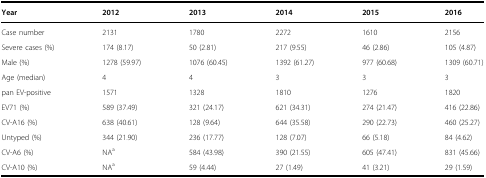
| Year | 2012 | 2013 | 2014 | 2015 | 2016 |
 | --- | --- | --- | --- | --- | --- |
 | Case number | 2131 | 1780 | 2272 | 1610 | 2156 |
 | Severe cases (%) | 174 (8.17) | 50 (2.81) | 217 (9.55) | 46 (2.86) | 105 (4.87) |
 | Male (%) | 1278 (59.97) | 1076 (60.45) | 1392 (61.27) | 977 (60.68) | 1309 (60.71) |
 | Age (median) | 4 | 4 | 3 | 3 | 3 |
 | pan EV-positive | 1571 | 1328 | 1810 | 1276 | 1820 |
 | EV71 (%) | 589 (37.49) | 321 (24.17) | 621 (34.31) | 274 (21.47) | 416 (22.86) |
 | CV-A16 (%) | 638 (40.61) | 128 (9.64) | 644 (35.58) | 290 (22.73) | 460 (25.27) |
 | Untyped (%) | 344 (21.90) | 236 (17.77) | 128 (7.07) | 66 (5.18) | 84 (4.62) |
 | CV-A6 (%) | NAa | 584 (43.98) | 390 (21.55) | 605 (47.41) | 831 (45.66) |
 | CV-A10 (%) | NAa | 59 (4.44) | 27 (1.49) | 41 (3.21) | 29 (1.59) |